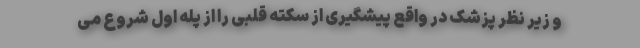
و زیر نظر پزشک در واقع پیشگیری از سکته قلبی را از پله اول شروع می